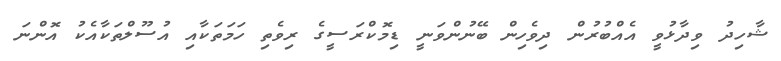
ޝާހިދު ވިދާޅުވީ އެއްބުރުން ދިވެހިން ބޭނުންވަނީ ޑިމޮކްރަސީގެ ރިވެތި ހަމަތަކާއި އުސޫލްތަކާއެކު އޮންނަ